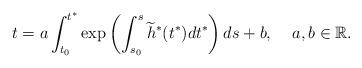
LaTeX: \begin{align*}t=a\int_{t_{0}}^{t^{*}}\exp\left(\int_{s_{0}}^{s} \widetilde{h}^{*}(t^{*})dt^{*}\right)ds+b,\;\;\;\; a,b\in\mathbb{R}.\end{align*}